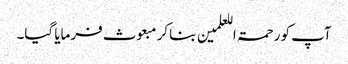
آپ کو رحمۃ اللعلمین بنا کر مبعوث فرمایا گیا۔